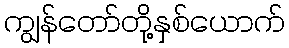
ကျွန်တော်တို့နှစ်ယောက်